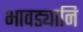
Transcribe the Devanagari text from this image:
भावड्यानि